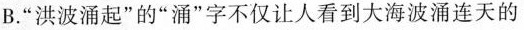
B.“洪波涌起的”涌“字不仅让人看到大海波涌连天的